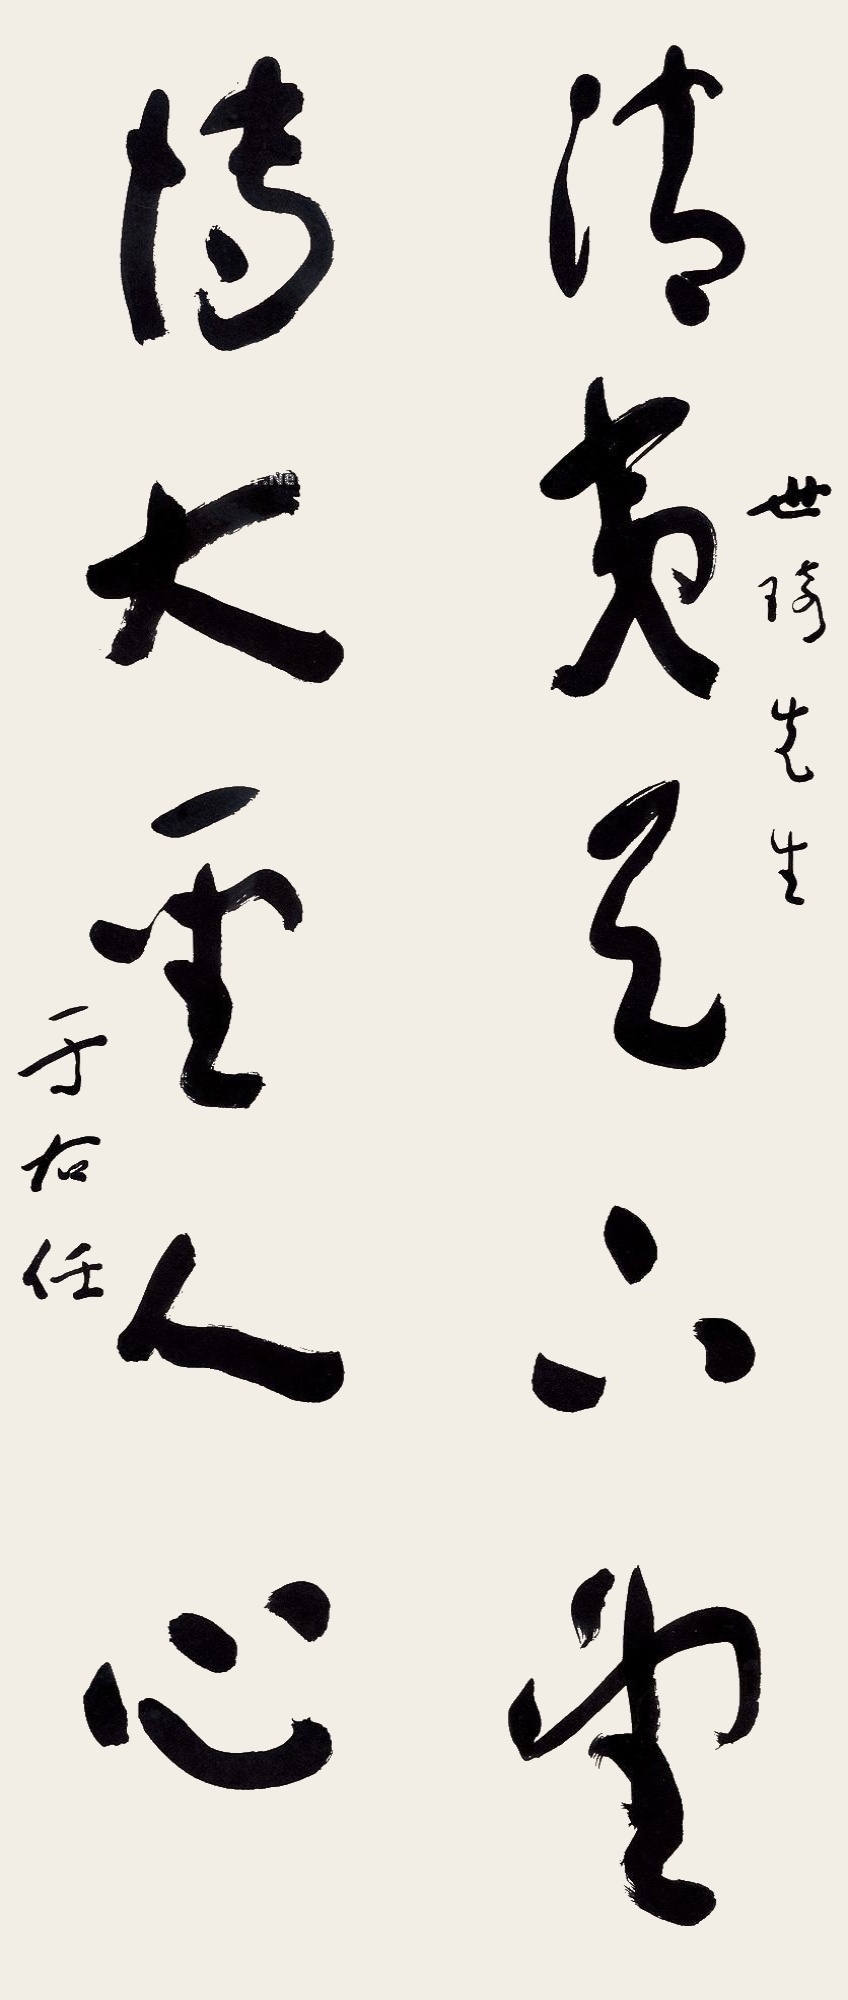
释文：清夷天下望，博大圣人心。世琦先生，于右任。